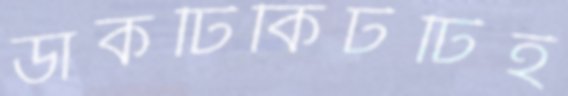
ডাকটিকিটটিই